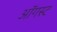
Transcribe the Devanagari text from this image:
ऑॅगस्ट